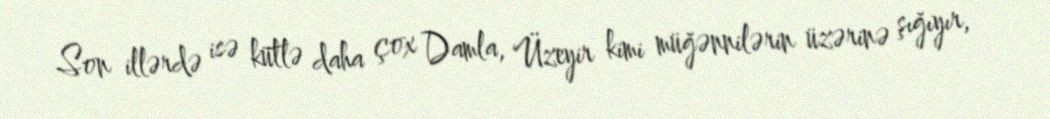
Son illərdə isə kütlə daha çox Damla, Üzeyir kimi müğənnilərin üzərinə şığıyır,